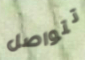
تتواصل